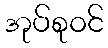
အုပ်စုဝင်